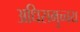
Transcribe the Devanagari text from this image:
अधिसमुच्चय